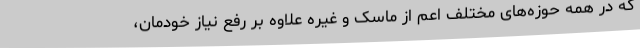
که در همه حوزه‌های مختلف اعم از ماسک و غیره علاوه بر رفع نیاز خودمان،